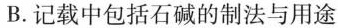
B. 记载中包括石碱的制法与用途